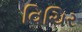
વિચિર